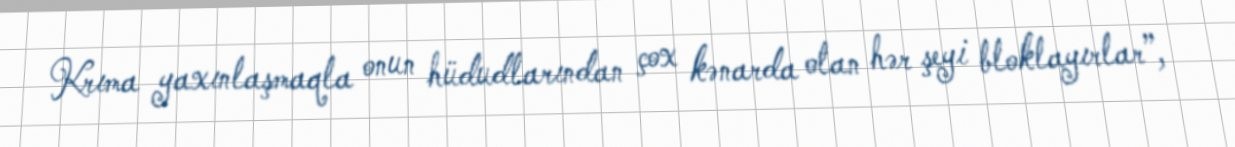
Krıma yaxınlaşmaqla onun hüdudlarından çox kənarda olan hər şeyi bloklayırlar”,